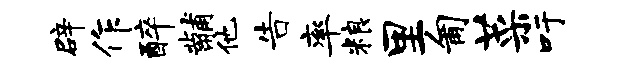
辟作醉黼他告率粮里匍菜吁